Trukikaitis_Postimees, lk 72
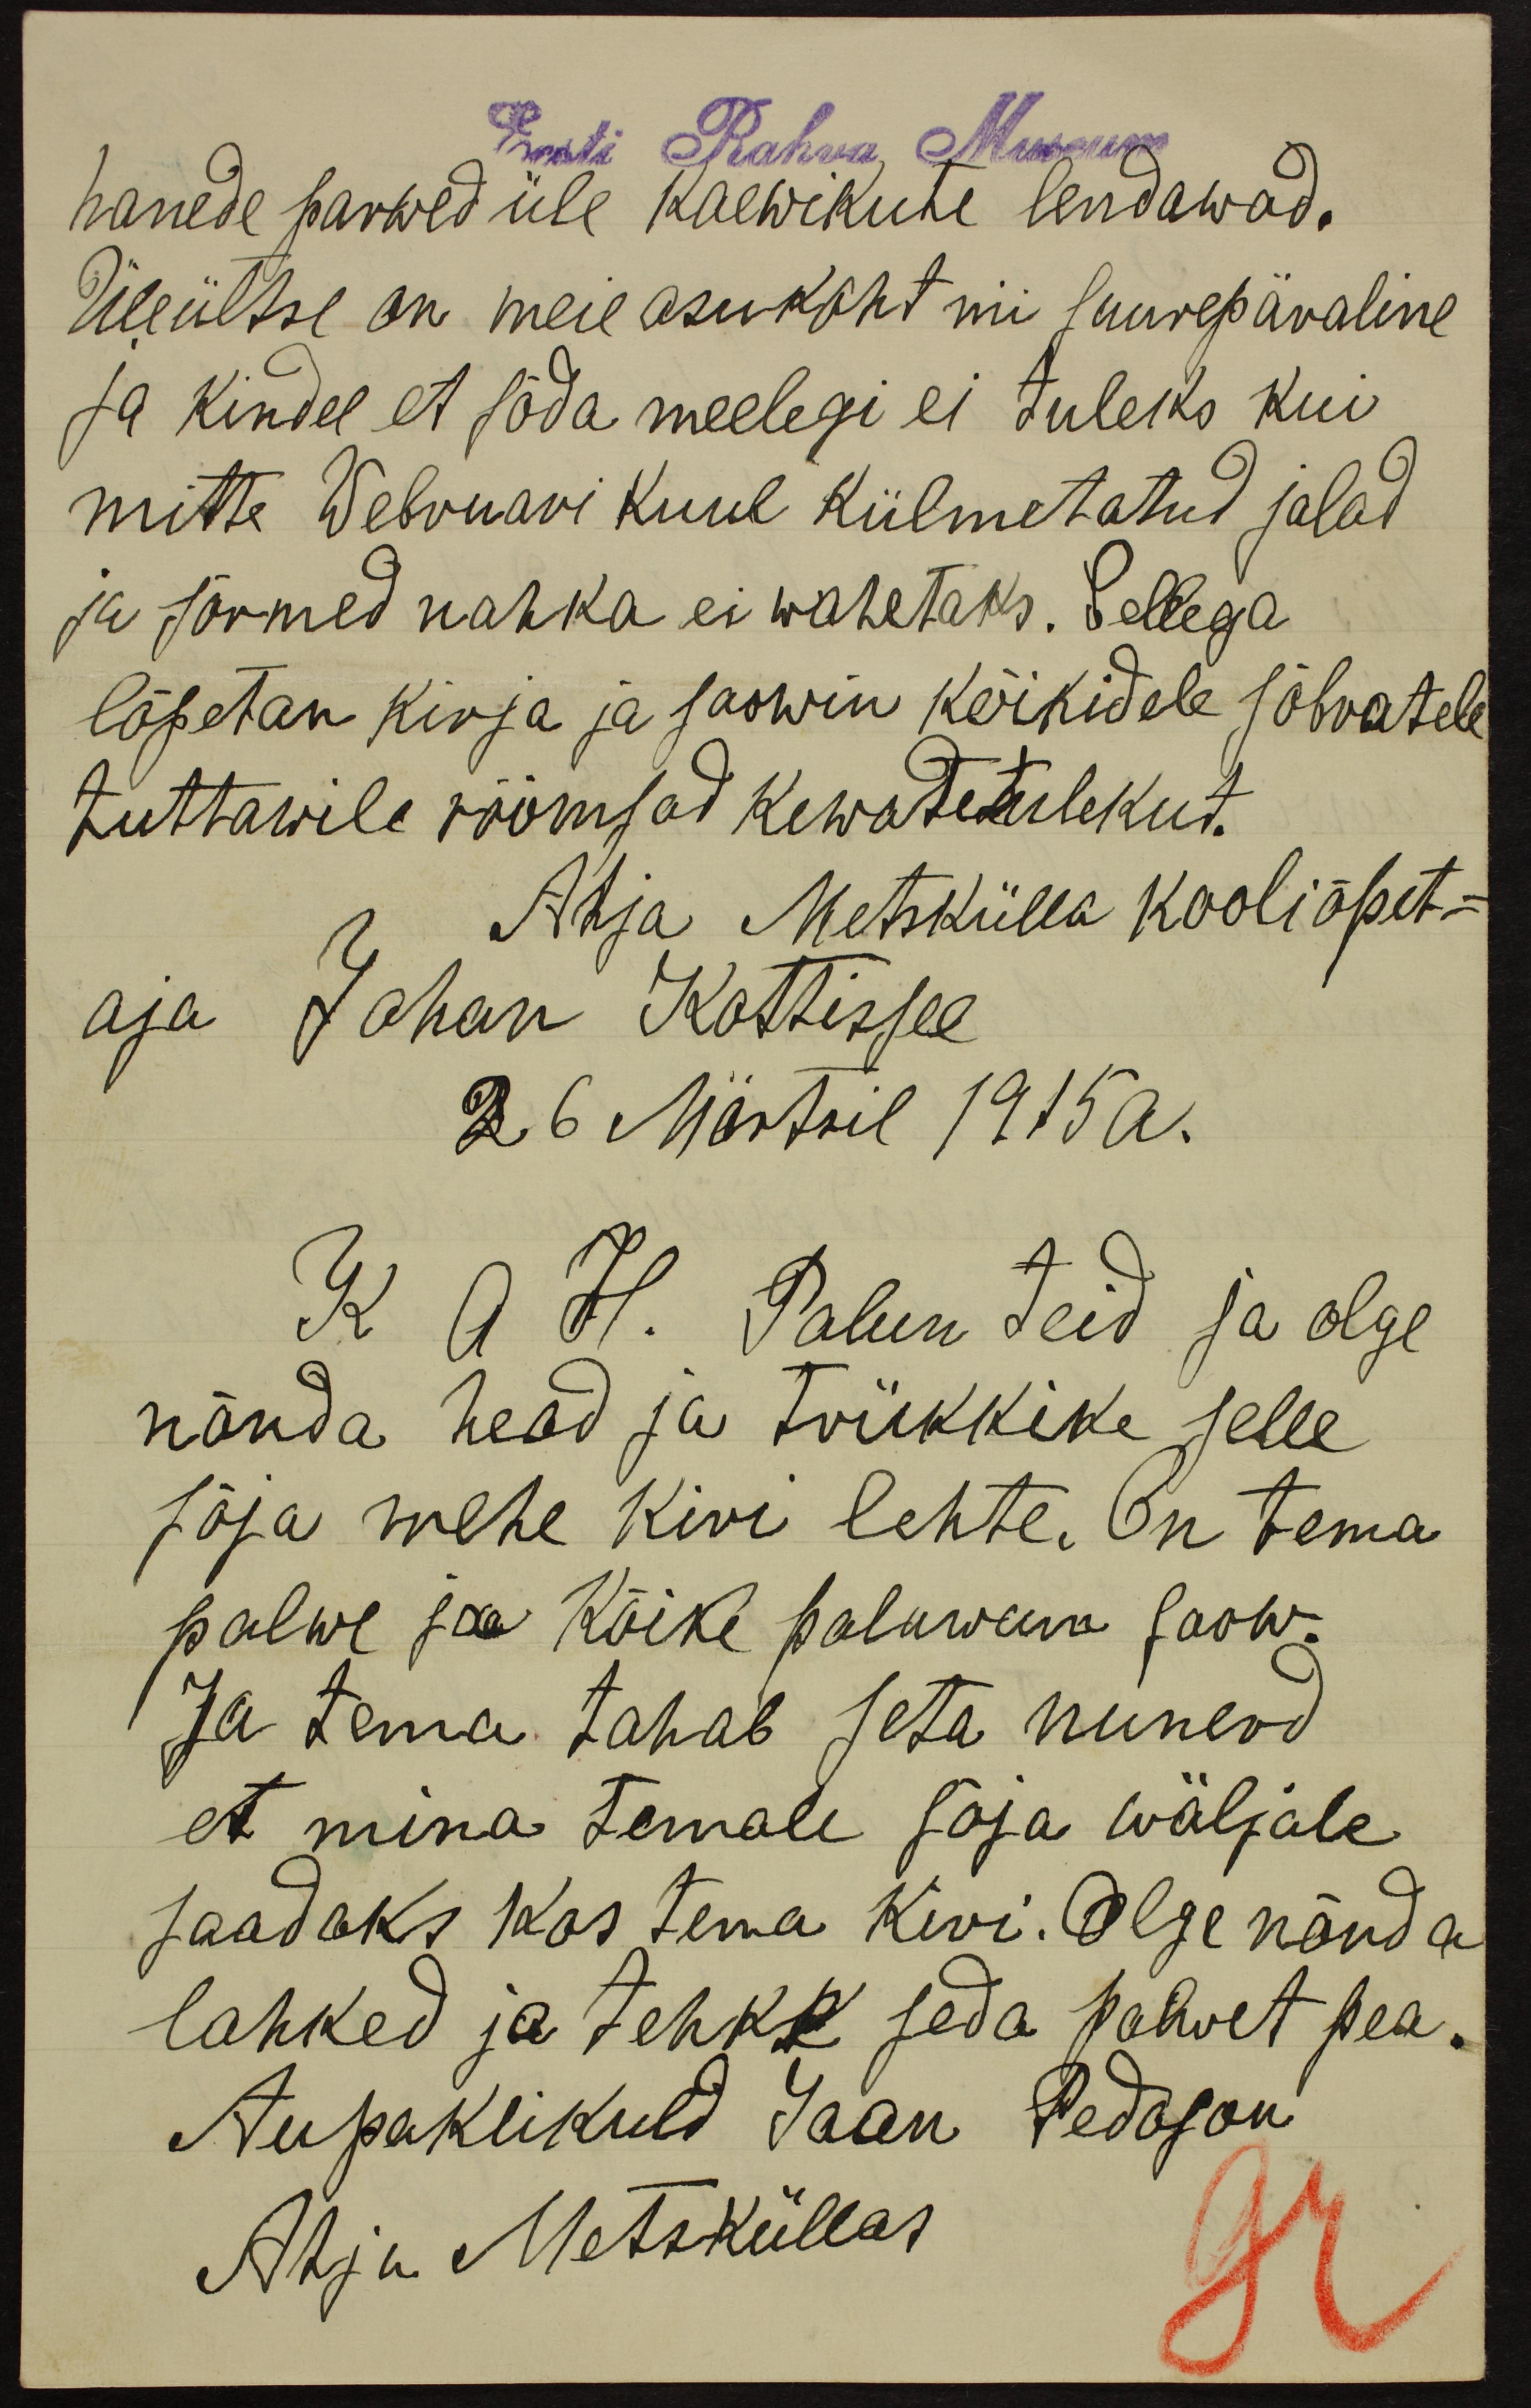
Eesti Rahva Museum
hanede parwed üle kaewikute lendawad.
Üleültse on meie asukoht nii suurepäraline
ja kindel et sõda meelegi ei tuleks kui
mitte Webruari kuul külmetatud jalad
ja sõrmed nahka ei wahetaks. Sellega
lõpetan kirja ja soowin kõikidele sõbratele
tuttawile rõõmsad kewatetulekut.
Ahja Metskülla kooliõpet-
aja Johan Kottissee
26 Märtsil 1915 a.
K A H. Palun teid ja olge
nõnda head ja trükkike selle
sõja mehe kiri lehte. On tema
palwe ja kõike palawam soow.
Ja tema tahab seta nunerd
et mina temale sõja wäljale
saadaks kas tema kiri. Olge nõnda
lahked ja tehke seda palwet pea.
Aupaklikuld Jaan Pedoson
Ahja Metsküllas